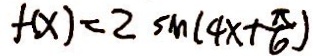
f ( x ) = 2 \sin ( 4 x + \frac { \pi } { 6 } )